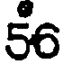
56